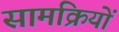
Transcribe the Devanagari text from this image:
सामक्रियों